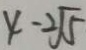
x - 2 \sqrt { 5 }